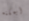
أيمكنه